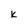
Character: K